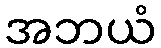
အဘယံ